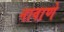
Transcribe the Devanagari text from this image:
नावाणे